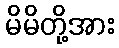
မိမိတို့အား